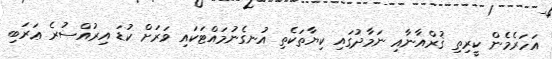
އަހަރެމެން ކީރިތި ޤުރްއާނާއި ނަމާދުގައި ކިޔާތަކެތި އުނގެނުމައްޓަކައި ވަރަށް ކުޑަ އިރުއްސުރެ ޢަރަބި